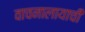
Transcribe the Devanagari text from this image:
वाचनालायाची